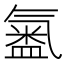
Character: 𭾍